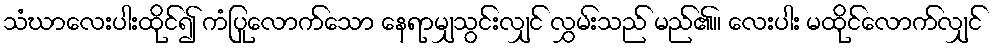
သံဃာလေးပါးထိုင်၍ ကံပြုလောက်သော နေရာမျှသွင်းလျှင် လွှမ်းသည် မည်၏။ လေးပါး မထိုင်လောက်လျှင်